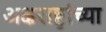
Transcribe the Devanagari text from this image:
अक्षराष्ट्रांच्या